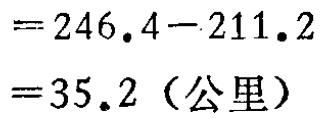
\[

\begin{align*}

&= 246.4 - 211.2\\

&= 35.2 \text{（公里）}

\end{align*}

\]